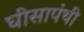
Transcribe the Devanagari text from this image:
घीसापंथी